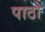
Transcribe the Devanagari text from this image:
पाठो